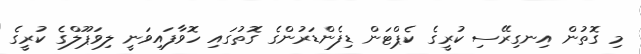
މި ގޮތުން އިނގިރޭސި ކުރީގެ ކެޕްޓަން ޑިފެންޑަރުންގެ ގޮތުގައި ހޮވާފައިވަނީ ލިވަޕޫލްގެ ކުރީގެ